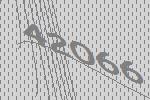
42066